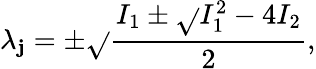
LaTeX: \lambda_{\mathbf{j}}=\pm\sqrt{}{{\frac{{I_{1}\pm\sqrt{}{{I_{1}^{2}-4I_{2}}}}}{{2}}}},